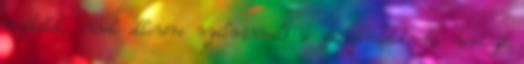
érzékelek, ennek ellenére nyilvánvaló a zárszámadást, ha nem jó